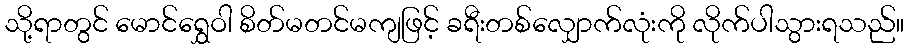
သို့ရာတွင် မောင်ရွှေဝါ စိတ်မတင်မကျဖြင့် ခရီးတစ်လျှောက်လုံးကို လိုက်ပါသွားရသည်။